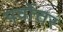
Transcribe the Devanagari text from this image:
पर्वोत्तर